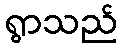
ရွာသည်